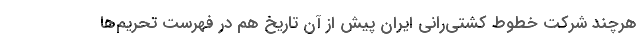
هرچند شرکت خطوط کشتی‌رانی ایران پیش از آن تاریخ هم در فهرست تحریم‌ها